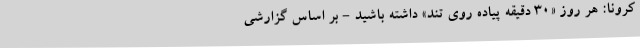
کرونا: هر روز «30 دقیقه پیاده روی تند» داشته باشید - بر اساس گزارشی